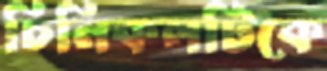
চিনিকলটিকে